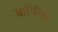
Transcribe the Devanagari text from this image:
कॉपीस